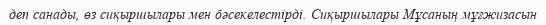
деп санады, өз сиқыршылары мен бәсекелестірді. Сиқыршылары Мұсаның мұғжизасын